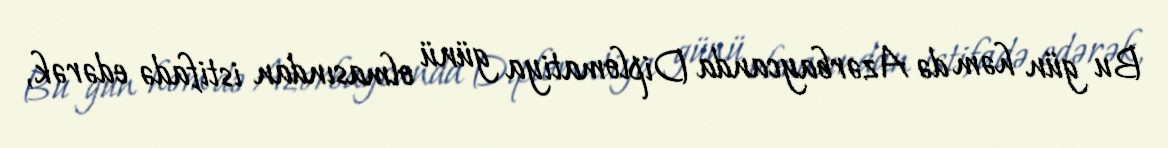
Bu gün həm də Azərbaycanda Diplomatiya günü olmasından istifadə edərək,